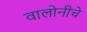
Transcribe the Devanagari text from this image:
वालोनीचे